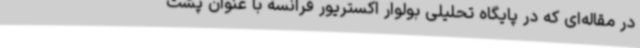
در مقاله‌ای که در پایگاه تحلیلی بولوار اکستریور فرانسه با عنوان پشت